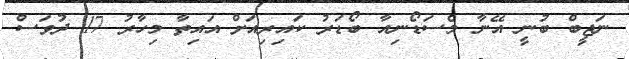
ނަޖީބް ބުނީ އޭނާ މެސަޑޯނިއާ ބޯޑަރު ކައިރިއަށް އައިތާ މިހާރު 17 ދުވަސް